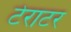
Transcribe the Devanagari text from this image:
टेराटर